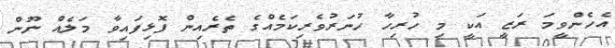
އެހެންވީމަ ރަޒީ އަކީ މި ހުރިހާ ހުނަރުވެރިކަމެއްގެ ތެރެއިން ފޮޅިފައިވާ މަލެއް ނޫން